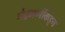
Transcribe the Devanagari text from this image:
चंद्रमणींकडून